Report of the King Institute of Preventive Medicine, Guindy
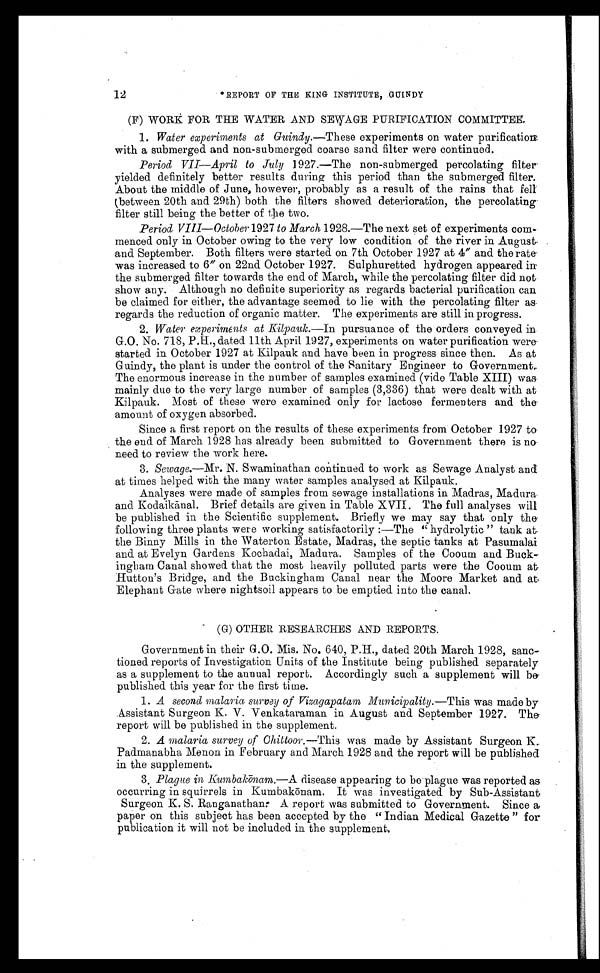
12
REPORT OF THE KING INSTITUTE, GUINDY
(F) WORK FOR THE WATER AND SEWAGE PURIFICATION COMMITTEE.
1. Water experiments at Guindy.—These experiments on water purification
with a submerged and non-submerged coarse sand filter were continued.
Period VII—April to July 1927.—The non-submerged percolating filter
yielded definitely better results during this period than the submerged filter.
About the middle of June, however, probably as a result of the rains that fell
(between 20th and 29th) both the filters showed deterioration, the percolating
filter still being the better of the two.
Period VIII—October 1927 to March 1928.—The next set of experiments com
- menced only in October owing to the very low condition of the river in August
and September. Both filters were started on 7th October 1927 at 4" and the rate
was increased to 6" on 22nd October 1927. Sulphuretted hydrogen appeared in
the submerged filter towards the end of March, while the percolating filter did not
show any. Although no definite superiority as regards bacterial purification can
be claimed for either, the advantage seemed to lie with the percolating filter as
regards the reduction of organic matter. The experiments are still in progress.
2. Water experiments at Kilpauk.—In pursuance of the orders conveyed in
G.O. No. 718, P.H., dated 11th April 1927, experiments on water purification were
started in October 1927 at Kilpauk and have been in progress since then. As at
Guindy, the plant is under the control of the Sanitary Engineer to Government.
The enormous increase in the number of samples examined (vide Table XIII) was
mainly due to the very large number of samples (3,336) that were dealt with at
Kilpauk. Most of these were examined only for lactose fermenters and the
amount of oxygen absorbed.
Since a first report on the results of these experiments from October 1927 to
the end of March 1928 has already been submitted to Government there is no
need to review the work here.
3. Sewage.—Mr. N. Swaminathan continued to work as Sewage Analyst and
at times helped with the many water samples analysed at Kilpauk.
Analyses were made of samples from sewage installations in Madras, Madura
and Kodaikānal. Brief details are given in Table XVII. The full analyses will
be published in the Scientific supplement. Briefly we may say that only the
following three plants were working satisfactorily :—The hydrolytic " tank at
the Binny Mills in the Waterton Estate, Madras, the septic tanks at Pasumalai
and at Evelyn Gardens Kochadai, Madura. Samples of the Cooum and Buck
- ingham Canal showed that the most heavily polluted parts were the Cooum at
Hutton's Bridge, and the Buckingham Canal near the Moore Market and at
Elephant Gate where nightsoil appears to be emptied into the canal.
(G) OTHER RESEARCHES AND REPORTS.
Government in their G.O. Mis. No. 640, P.H., dated 20th March 1928, sanc
-tioned reports of Investigation Units of the Institute being published separately
as a supplement to the annual report. Accordingly such a supplement will be
published this year for the first time.
1. A second malaria survey of Vizagapatam Municipality. —This was made by
Assistant Surgeon K. V. Venkataraman in August and September 1927. The
report will be published in the supplement.
2. A malaria survey of Chittoor.— This was made by Assistant Surgeon K.
Padmanabha Menon in February and March 1928 and the report will be published
in the supplement.
3. Plague in Kumbak ōnam.—A disease appearing to be plague was reported as
occurring in squirrels in Kumbakō nam. It was investigated by Sub-Assistant
Surgeon K. S. Ranganathan: A report was submitted to Government. Since a
paper on this subject has been accepted by the " Indian Medical Gazette " for
publication it will not be included in the supplement.